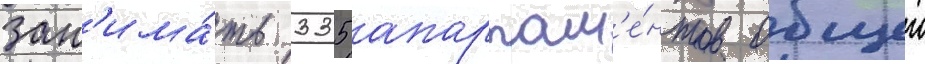
зан'има́ть 335 апартам'е́нтов общеи